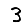
Digit: 3